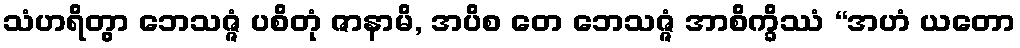
သံဟရိတွာ ဘေသဇ္ဇံ ပစိတုံ ဇာနာမိ, အပိစ တေ ဘေသဇ္ဇံ အာစိက္ခိဿံ “အဟံ ယတော